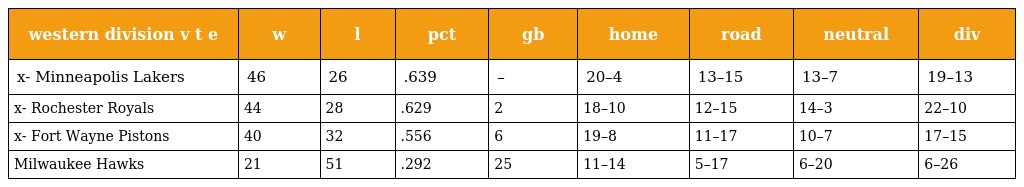
| western division v t e | w | l | pct | gb | home | road | neutral | div |
 | --- | --- | --- | --- | --- | --- | --- | --- | --- |
 | x- Minneapolis Lakers | 46 | 26 | .639 | – | 20–4 | 13–15 | 13–7 | 19–13 |
 | x- Rochester Royals | 44 | 28 | .629 | 2 | 18–10 | 12–15 | 14–3 | 22–10 |
 | x- Fort Wayne Pistons | 40 | 32 | .556 | 6 | 19–8 | 11–17 | 10–7 | 17–15 |
 | Milwaukee Hawks | 21 | 51 | .292 | 25 | 11–14 | 5–17 | 6–20 | 6–26 |